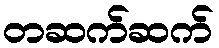
တဆက်ဆက်